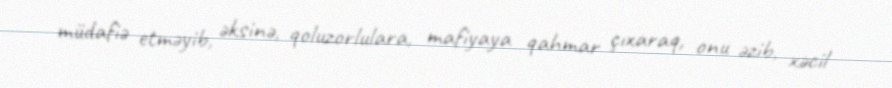
müdafiə etməyib, əksinə, qoluzorlulara, mafiyaya qahmar çıxaraq, onu əzib, xəcil